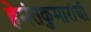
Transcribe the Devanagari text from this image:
हेमंतकुमारांची